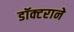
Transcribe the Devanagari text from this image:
डॉक्टराने